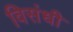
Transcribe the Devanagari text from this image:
विसंधी